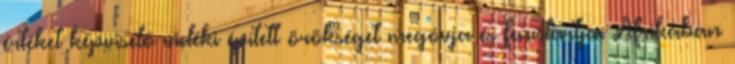
értéket képviselő vidéki épített örökséget megóvja és fenntartja. Afrikában